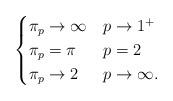
LaTeX: \begin{align*} \begin{cases}\pi_p \to \infty & p \to 1^+ \\ \pi_p=\pi & p= 2 \\ \pi_p \to 2 & p\to \infty. \end{cases} \end{align*}